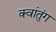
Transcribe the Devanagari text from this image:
क्वांतुंग